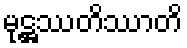
မုဋ္ဌဿတိဿာတိ